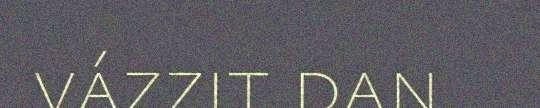
vázzit dan